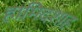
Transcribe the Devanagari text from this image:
हामिदशाह